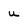
Character: u